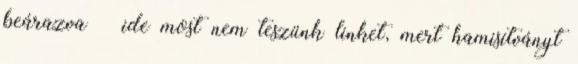
beárazva – ide most nem teszünk linket, mert hamisítványt